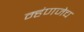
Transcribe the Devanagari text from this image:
म्हंणजेच